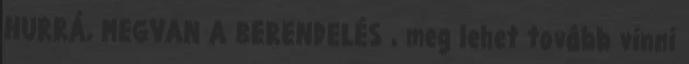
HURRÁ, MEGVAN A BERENDELÉS , meg lehet tovább vinni